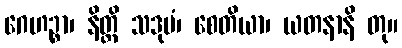
ဂေဟဉ္စာ၊ နိတ္ထိ သဒုမံ၊ စေတိယာ၊ ယတနာနိ တု။